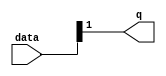
module  acl_fp_add_altpriority_encoder_3v7
	( 
	data,
	q) ;
	input   [1:0]  data;
	output   [0:0]  q;
	assign
		q = {data[1]};
endmodule